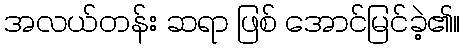
အလယ်တန်း ဆရာ ဖြစ် အောင်မြင်ခဲ့၏။